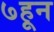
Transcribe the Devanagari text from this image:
७हून